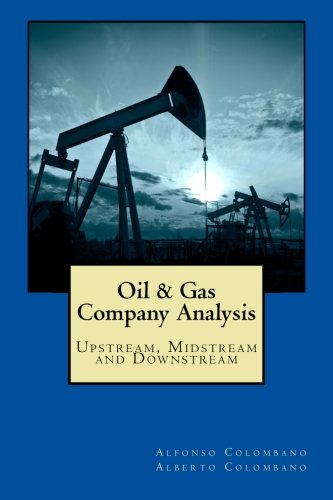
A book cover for Oil & Gas Company Analysis: Upstream, Midstream and Downstream; Alfonso Colombano; Engineering & Transportation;